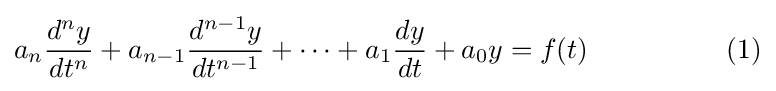
a_{n}{\frac {d^{n}y}{dt^{n}}}+a_{n-1}{\frac {d^{n-1}y}{dt^{n-1}}}+\cdots +a_{1}{\frac {dy}{dt}}+a_{0}y=f(t)\qquad \qquad \quad (1)